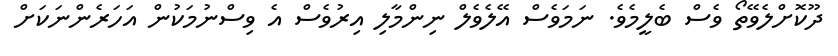
ދޫކޮށްލެވޭތޯ ވެސް ބެލީމެވެ. ނަމަވެސް އޭލެވެލް ނިންމާލި އިރުވެސް އެ ވިސްނުމަކުން އަހަރެންނަކަށް